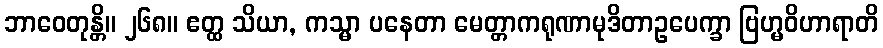
ဘာဝေတုန္တိ။ ၂၆၈။ ဧတ္ထ သိယာ, ကသ္မာ ပနေတာ မေတ္တာကရုဏာမုဒိတာဥပေက္ခာ ဗြဟ္မဝိဟာရာတိ